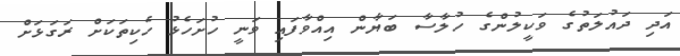
އަދި ދައުލަތުގެ ވަކީލުންގެ ހުލާސާ ބަޔާން އިއްވާފައި ވަނީ ހުށަހެޅު ހެކިތަކަށް ރަގަޅަށް